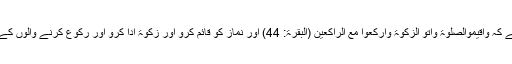
اللہ تعالیٰ فرماتا ہے کہ وَاَقِیْمُوالصَّلٰوۃَ وَاٰتُو الزَّکٰوۃَ وَارْکَعُوْا مَعَ الرَّاکِعِیْنَ (البقرۃ: 44) اور نماز کو قائم کرو اور زکوۃ ادا کرو اور رکوع کرنے والوں کے ساتھ رکوع کرو۔